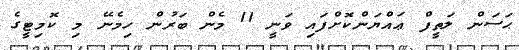
ޙަސަން ލަތީފް ޢައްޔަންކޮށްފައި ވަނީ 11 މެން ބަރުން ހިމެނޭ މި ކޮމިޓީގެ